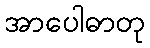
အာပေါဓာတု